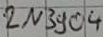
Text: 2N3904